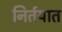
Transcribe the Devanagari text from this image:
निर्तयात